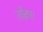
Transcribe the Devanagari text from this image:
ताँका।